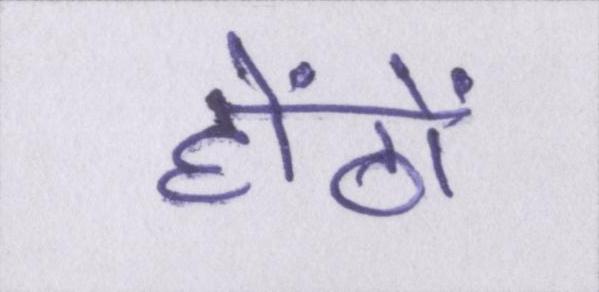
होंठों